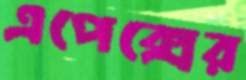
এপেক্সের